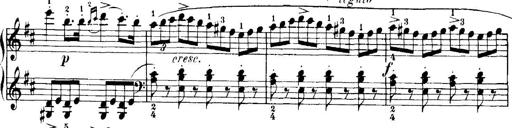
Title: 7 Sonatinas
Composer: Anton Diabelli